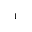
^ { 1 }